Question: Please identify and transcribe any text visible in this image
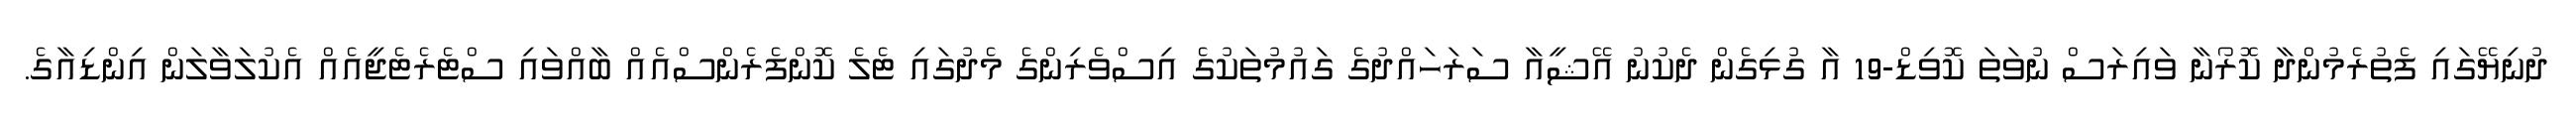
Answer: ދުނިޔޭގައި ފެތުރެމުންދާ ކޮރޯނާ ވައިރަސް ނުވަތަ ކޮވިޑް-19 އާ ގުޅިގެން ދެކުނު އޭޝީއާ ސަރަހައްދުގެ ގައުމުތަކުގެ އިސްވެރިންގެ މެދުގައި ޓެލެ ކޮންފެރެންސްއެއް ބާއްވައި ސްޓެރެޓެޖީއެއް އެކުލަވާލަން އިންޑިއާގެ.